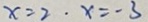
x = 2 \cdot x = - 3